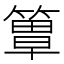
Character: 𥲺